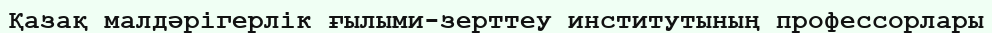
Қазақ малдәрігерлік ғылыми-зерттеу институтының профессорлары